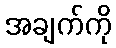
အချက်ကို